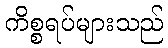
ကိစ္စရပ်များသည်